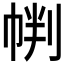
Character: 𱜩